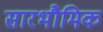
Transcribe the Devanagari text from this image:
सारभौमिक